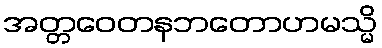
အတ္တဝေတနဘတောဟမသ္မိ